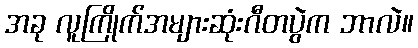
အခု လူကြိုက်အများဆုံးဂီတပွဲက ဘာလဲ။